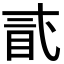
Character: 𥄽